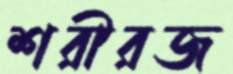
শরীরজ